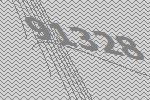
91328